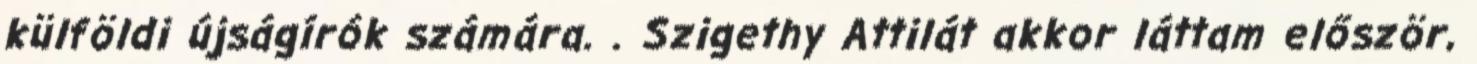
külföldi újságírók számára. . Szigethy Attilát akkor láttam először,